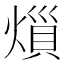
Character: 𪹟